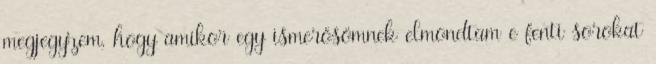
megjegyzem, hogy amikor egy ismerősömnek elmondtam e fenti sorokat